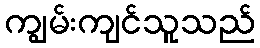
ကျွမ်းကျင်သူသည်